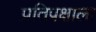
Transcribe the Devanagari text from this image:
प्रतिपक्षाला